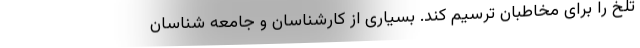
تلخ را برای مخاطبان ترسیم کند. بسیاری از کارشناسان و جامعه شناسان